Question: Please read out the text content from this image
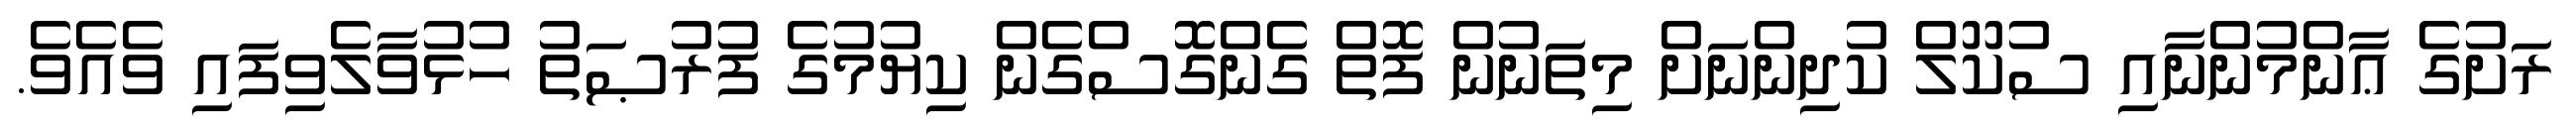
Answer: ރަށުގެ ޢާންމުންނާއި ސުކޫލް ކުދިންނަށް މިތަނުން ފޮތް ގެންގޮސްގެން ކިޔުމުގެ ފުރުޞަތު ހުޅުވާލެވިފައި ވެއެވެ.